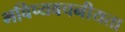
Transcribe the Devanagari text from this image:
भविष्‍यवचनीयता